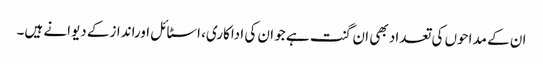
ان کے مداحوں کی تعداد بھی ان گنت ہے جو ان کی اداکاری، اسٹائل اوراندازکے دیوانے ہیں۔